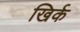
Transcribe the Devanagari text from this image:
खिर्क